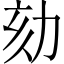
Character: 劾